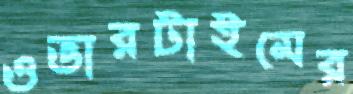
ওভারটাইমের